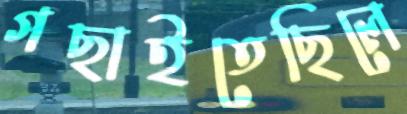
গছাইতেছিলে